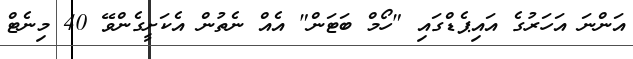
އަންނަ އަހަރުގެ އައިޕެޑްގައި "ހޯމް ބަޓަން" އެއް ނެތުން އެކަށީގެންވޭ 40 މިނެޓް